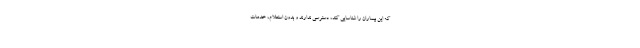
که این بیماران را شناسایی کند، دسترسی ندارند و بدون استعلام، خدمات